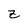
Character: Z